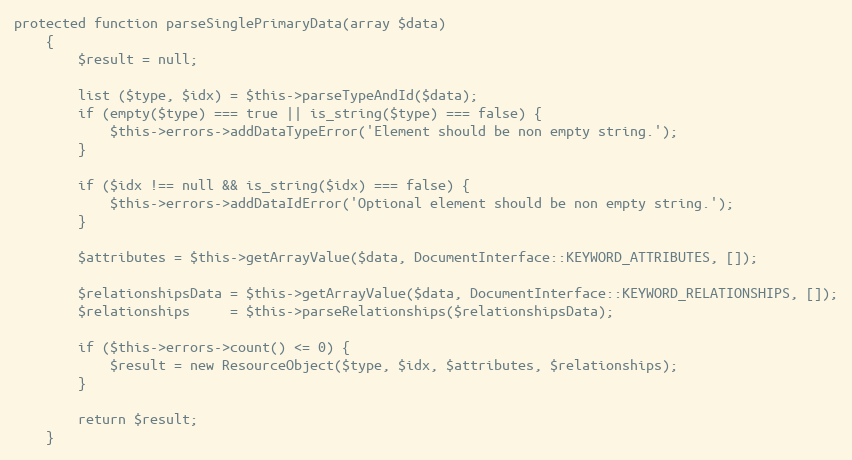
Language: PHP
protected function parseSinglePrimaryData(array $data)
    {
        $result = null;

        list ($type, $idx) = $this->parseTypeAndId($data);
        if (empty($type) === true || is_string($type) === false) {
            $this->errors->addDataTypeError('Element should be non empty string.');
        }

        if ($idx !== null && is_string($idx) === false) {
            $this->errors->addDataIdError('Optional element should be non empty string.');
        }

        $attributes = $this->getArrayValue($data, DocumentInterface::KEYWORD_ATTRIBUTES, []);

        $relationshipsData = $this->getArrayValue($data, DocumentInterface::KEYWORD_RELATIONSHIPS, []);
        $relationships     = $this->parseRelationships($relationshipsData);

        if ($this->errors->count() <= 0) {
            $result = new ResourceObject($type, $idx, $attributes, $relationships);
        }

        return $result;
    }